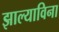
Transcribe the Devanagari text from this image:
झाल्याविना